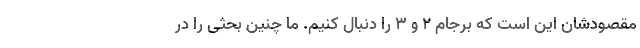
مقصودشان این است که برجام 2 و 3 را دنبال کنیم. ما چنین بحثی را در